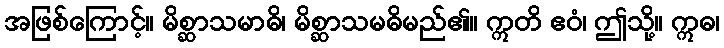
အဖြစ်ကြောင့်။ မိစ္ဆာသမာဓိ၊ မိစ္ဆာသမဓိမည်၏။ ဣတိ ဧဝံ၊ ဤသို့။ ဣဓ၊